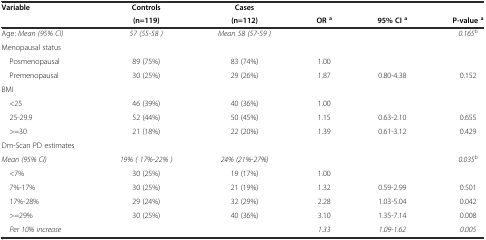
<table><thead><tr><td rowspan="2"><b>Variable</b></td><td><b>Controls</b></td><td><b>Cases</b></td><td></td><td></td><td></td></tr><tr><td><b>(n=119)</b></td><td><b>(n=112)</b></td><td><b>OR<sup>a</sup></b></td><td><b>95% CI<sup>a</sup></b></td><td><b>P-value<sup>a</sup></b></td></tr></thead><tbody><tr><td>Age: <i>Mean (95% CI)</i></td><td><i>57 (55-58 )</i></td><td><i>Mean 58 (57-59 )</i></td><td></td><td></td><td><i>0.165</i><sup>b</sup></td></tr><tr><td>Menopausal status</td><td></td><td></td><td></td><td></td><td></td></tr><tr><td> Posmenopausal</td><td>89 (75%)</td><td>83 (74%)</td><td>1.00</td><td></td><td></td></tr><tr><td> Premenopausal</td><td>30 (25%)</td><td>29 (26%)</td><td>1.87</td><td>0.80-4.38</td><td>0.152</td></tr><tr><td>BMI</td><td></td><td></td><td></td><td></td><td></td></tr><tr><td> &lt;25</td><td>46 (39%)</td><td>40 (36%)</td><td>1.00</td><td></td><td></td></tr><tr><td> 25-29.9</td><td>52 (44%)</td><td>50 (45%)</td><td>1.15</td><td>0.63-2.10</td><td>0.655</td></tr><tr><td> &gt;=30</td><td>21 (18%)</td><td>22 (20%)</td><td>1.39</td><td>0.61-3.12</td><td>0.429</td></tr><tr><td>Dm-Scan PD estimates</td><td></td><td></td><td></td><td></td><td></td></tr><tr><td><i>Mean (95% CI)</i></td><td><i>19% ( 17%-22% )</i></td><td><i>24% (21%-27%)</i></td><td></td><td></td><td><i>0.035</i><sup>b</sup></td></tr><tr><td> &lt;7%</td><td>30 (25%)</td><td>19 (17%)</td><td>1.00</td><td></td><td></td></tr><tr><td> 7%-17%</td><td>30 (25%)</td><td>21 (19%)</td><td>1.32</td><td>0.59-2.99</td><td>0.501</td></tr><tr><td> 17%-28%</td><td>29 (24%)</td><td>32 (29%)</td><td>2.28</td><td>1.03-5.04</td><td>0.042</td></tr><tr><td> &gt;=29%</td><td>30 (25%)</td><td>40 (36%)</td><td>3.10</td><td>1.35-7.14</td><td>0.008</td></tr><tr><td> <i>Per 10% increase</i></td><td></td><td></td><td><i>1.33</i></td><td><i>1.09-1.62</i></td><td><i>0.005</i></td></tr></tbody></table>